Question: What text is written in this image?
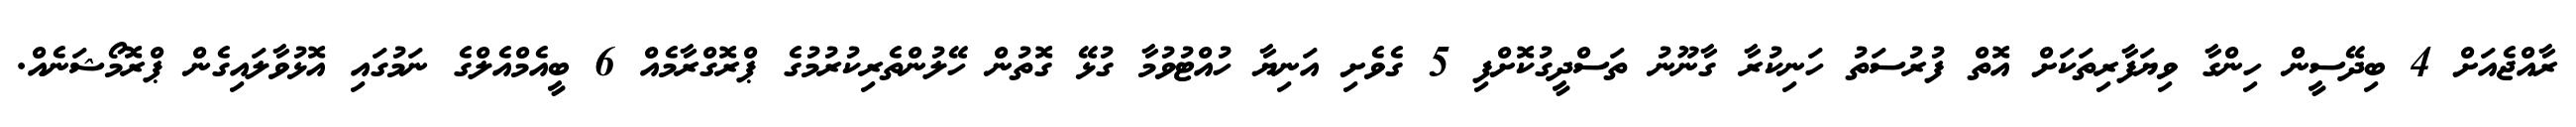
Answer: ރާއްޖެއަށް 4 ބިދޭސީން ހިންގާ ވިޔަފާރިތަކަށް އޮތް ފުރުސަތު ހަނިކުރާ ގާނޫނު ތަސްދީގުކޮށްފި 5 ގެވެށި އަނިޔާ ހުއްޓުވުމާ ގުޅޭ ގޮތުން ހޭލުންތެރިކުރުމުގެ ޕްރޮގްރާމެއް 6 ބީއެމްއެލްގެ ނަމުގައި އޮޅުވާލައިގެން ޕްރޮމޯޝަނެއް.